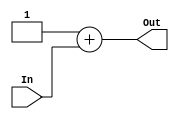
`timescale 1ns / 1ps
//////////////////////////////////////////////////////////////////////////////////
// Company: 
// Engineer: 
// 
// Design Name: 
// Module Name: adder_PC
// Project Name: 
// Target Devices: 
// Tool Versions: 
// Description: 
// 
// Dependencies: 
// 
// Revision:
// Revision 0.01 - File Created
// Additional Comments:
// 
//////////////////////////////////////////////////////////////////////////////////


module adder_PC #(
	parameter len = 16,
	parameter sumando = 1
	) (
    input [len-1:0] In,
    output reg [len-1:0] Out
    );

    always@(*)
    begin
      Out = sumando + In;
    end

endmodule